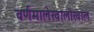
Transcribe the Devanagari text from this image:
वर्णमालेखालोखाल